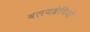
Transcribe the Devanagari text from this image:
वलयश्रेणियाँ